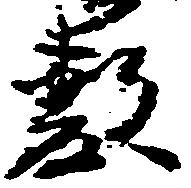
敷